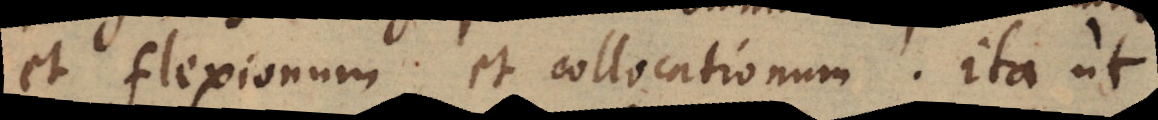
et flexionum et collocationum. Ita ut